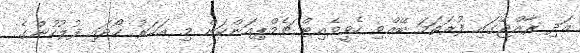
އަދި ރާއްޖޭގައި ފުރަތަމަ ބޭއްވި ހެވީވެއިޓް ޗެމްޕިއަންކަން މި އަހަރު ހޯދައި ފުލުހުންގެ